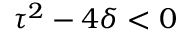
\tau ^ { 2 } - 4 \delta < 0